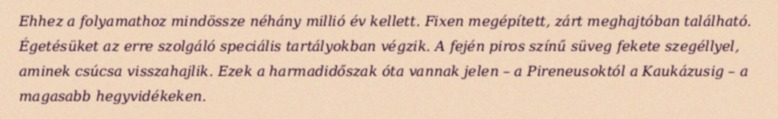
Ehhez a folyamathoz mindössze néhány millió év kellett. Fixen megépített, zárt meghajtóban található. Égetésüket az erre szolgáló speciális tartályokban végzik. A fején piros színű süveg fekete szegéllyel, aminek csúcsa visszahajlik. Ezek a harmadidőszak óta vannak jelen – a Pireneusoktól a Kaukázusig – a magasabb hegyvidékeken.